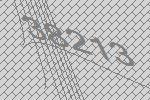
38213